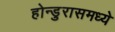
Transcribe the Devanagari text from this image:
होन्डुरासमध्ये